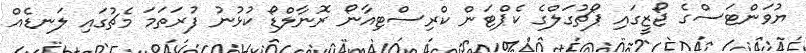
ޔުވަންޓަސްގެ ޖޯޒީގައި ޕޯޗުގަލްގެ ކެޕްޓަން ކްރިސްޓިއާނޯ ރޮނާލްޑޯ ކުޅުނު ފުރަތަމަ މެޗުގައި ލަނޑެއް